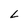
Character: L